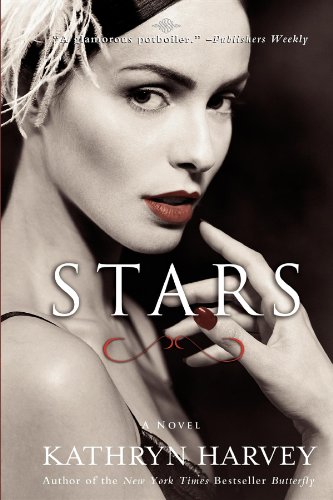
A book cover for Stars; Kathryn Harvey; Romance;